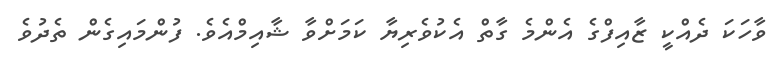
ވާހަކަ ދެއްކީ ޒާއިފްގެ އެންމެ ގާތް އެކުވެރިޔާ ކަމަށްވާ ޝާއިމްއެވެ. ފުންމައިގެން ތެދުވެ